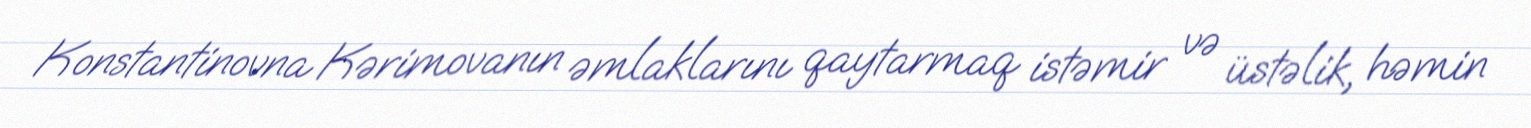
Konstantinovna Kərimovanın əmlaklarını qaytarmaq istəmir və üstəlik, həmin